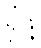
ရှိဖို့